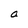
Character: a